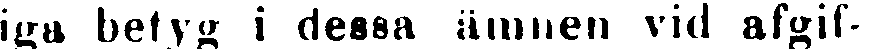
iga betyg i dessa ämnen vid afgif-